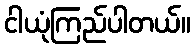
ငါယုံကြည်ပါတယ်။